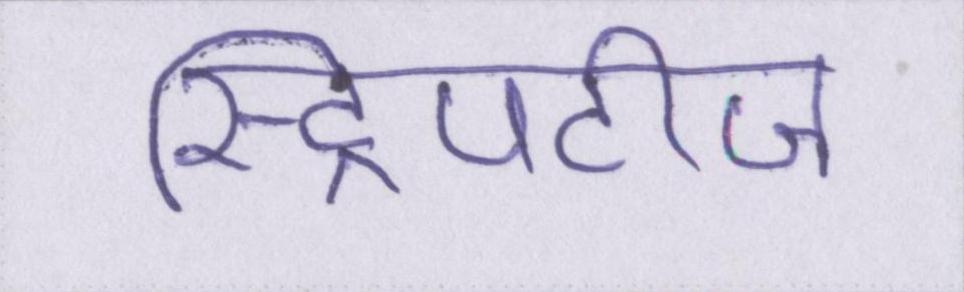
स्ट्रिपटीज